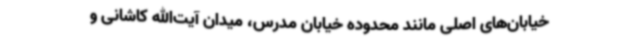
خیابان‌های اصلی مانند محدوده خیابان مدرس، میدان آیت‌الله کاشانی و